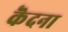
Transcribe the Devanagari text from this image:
कॆदना